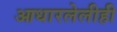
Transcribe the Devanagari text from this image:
आधारलेलीही